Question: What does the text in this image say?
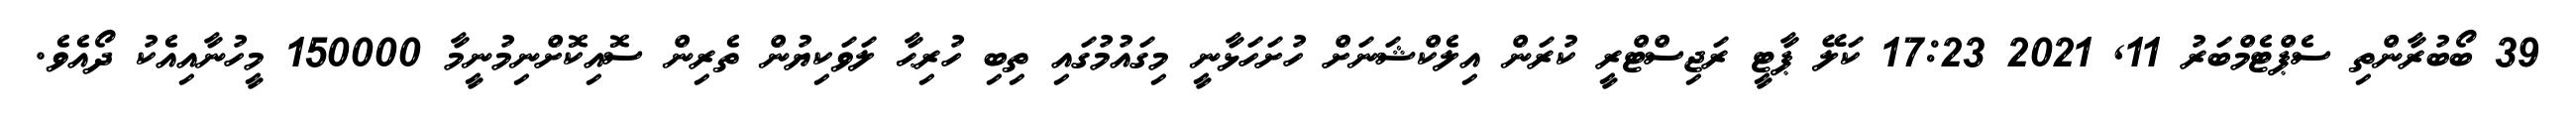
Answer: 39 ބޯބުރާންތި ސެޕްޓެމްބަރު 11, 2021 17:23 ކަލޭ ޕާޓީ ރަޖިސްޓްރީ ކުރަން އިލެކްޝަނަށް ހުށަހަޅާނީ މިގައުމުގައި ތިބި ހުރިޙާ ލަވަކިޔުން ތެރިން ސޮއިކޮށްނިމުނީމާ 150000 މީހުނާއިއެކު ދޯއެވެ.